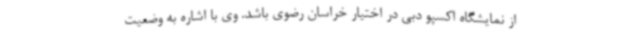
از نمایشگاه اکسپو دبی در اختیار خراسان رضوی باشد. وی با اشاره به وضعیت